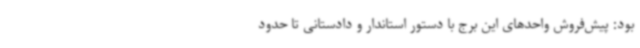
بود: پیش‌فروش واحدهای این برج با دستور استاندار و دادستانی تا حدود